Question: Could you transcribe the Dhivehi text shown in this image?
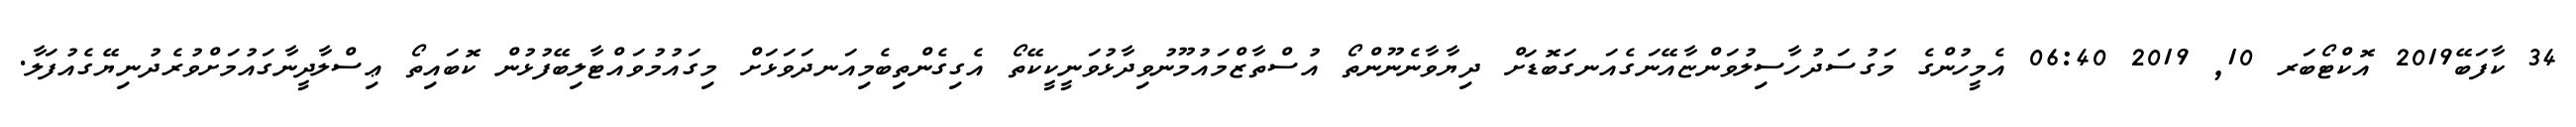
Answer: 34 ކާފަބޭ2019 އޮކްޓޯބަރ 10, 2019 06:40 އެމީހުންގެ މަގުސަދުހާސިލުވަންޏާއޭނަގެއަނގަބޮޑަށް ދިޔާވާނެނޫންތޯ އުސްތާޒްމައުމޫނުވިދާޅުވަނީކީކޭތޯ އެގިގެންތިބެމިއަނދަވަޅަށް މިގައުމުވައްޓާލިބޭފުޅުން ކޮބައިތޯ ޢިސްލާދީނާގައުމަށްވުރެދުނިޔޭގެއުފަލާ.